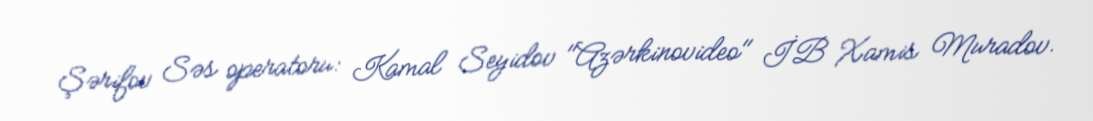
Şərifov Səs operatoru: Kamal Seyidov "Azərkinovideo" İB Xamis Muradov.